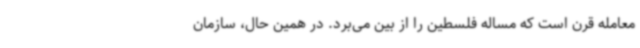
معامله قرن است که مساله فلسطین را از بین می‌برد. در همین حال،‌ سازمان